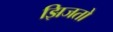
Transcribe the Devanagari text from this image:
झिजतो